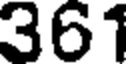
361